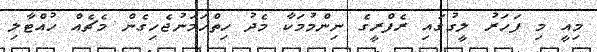
މިއީ މި ފަހަރު ލީގުގައި ރެފްރީގެ ނިންމުމަކާ މެދު ހިތްހަމަނުޖެހިގެން މެޗެއް ހުއްޓާލި